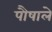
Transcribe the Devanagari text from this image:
पौषाले